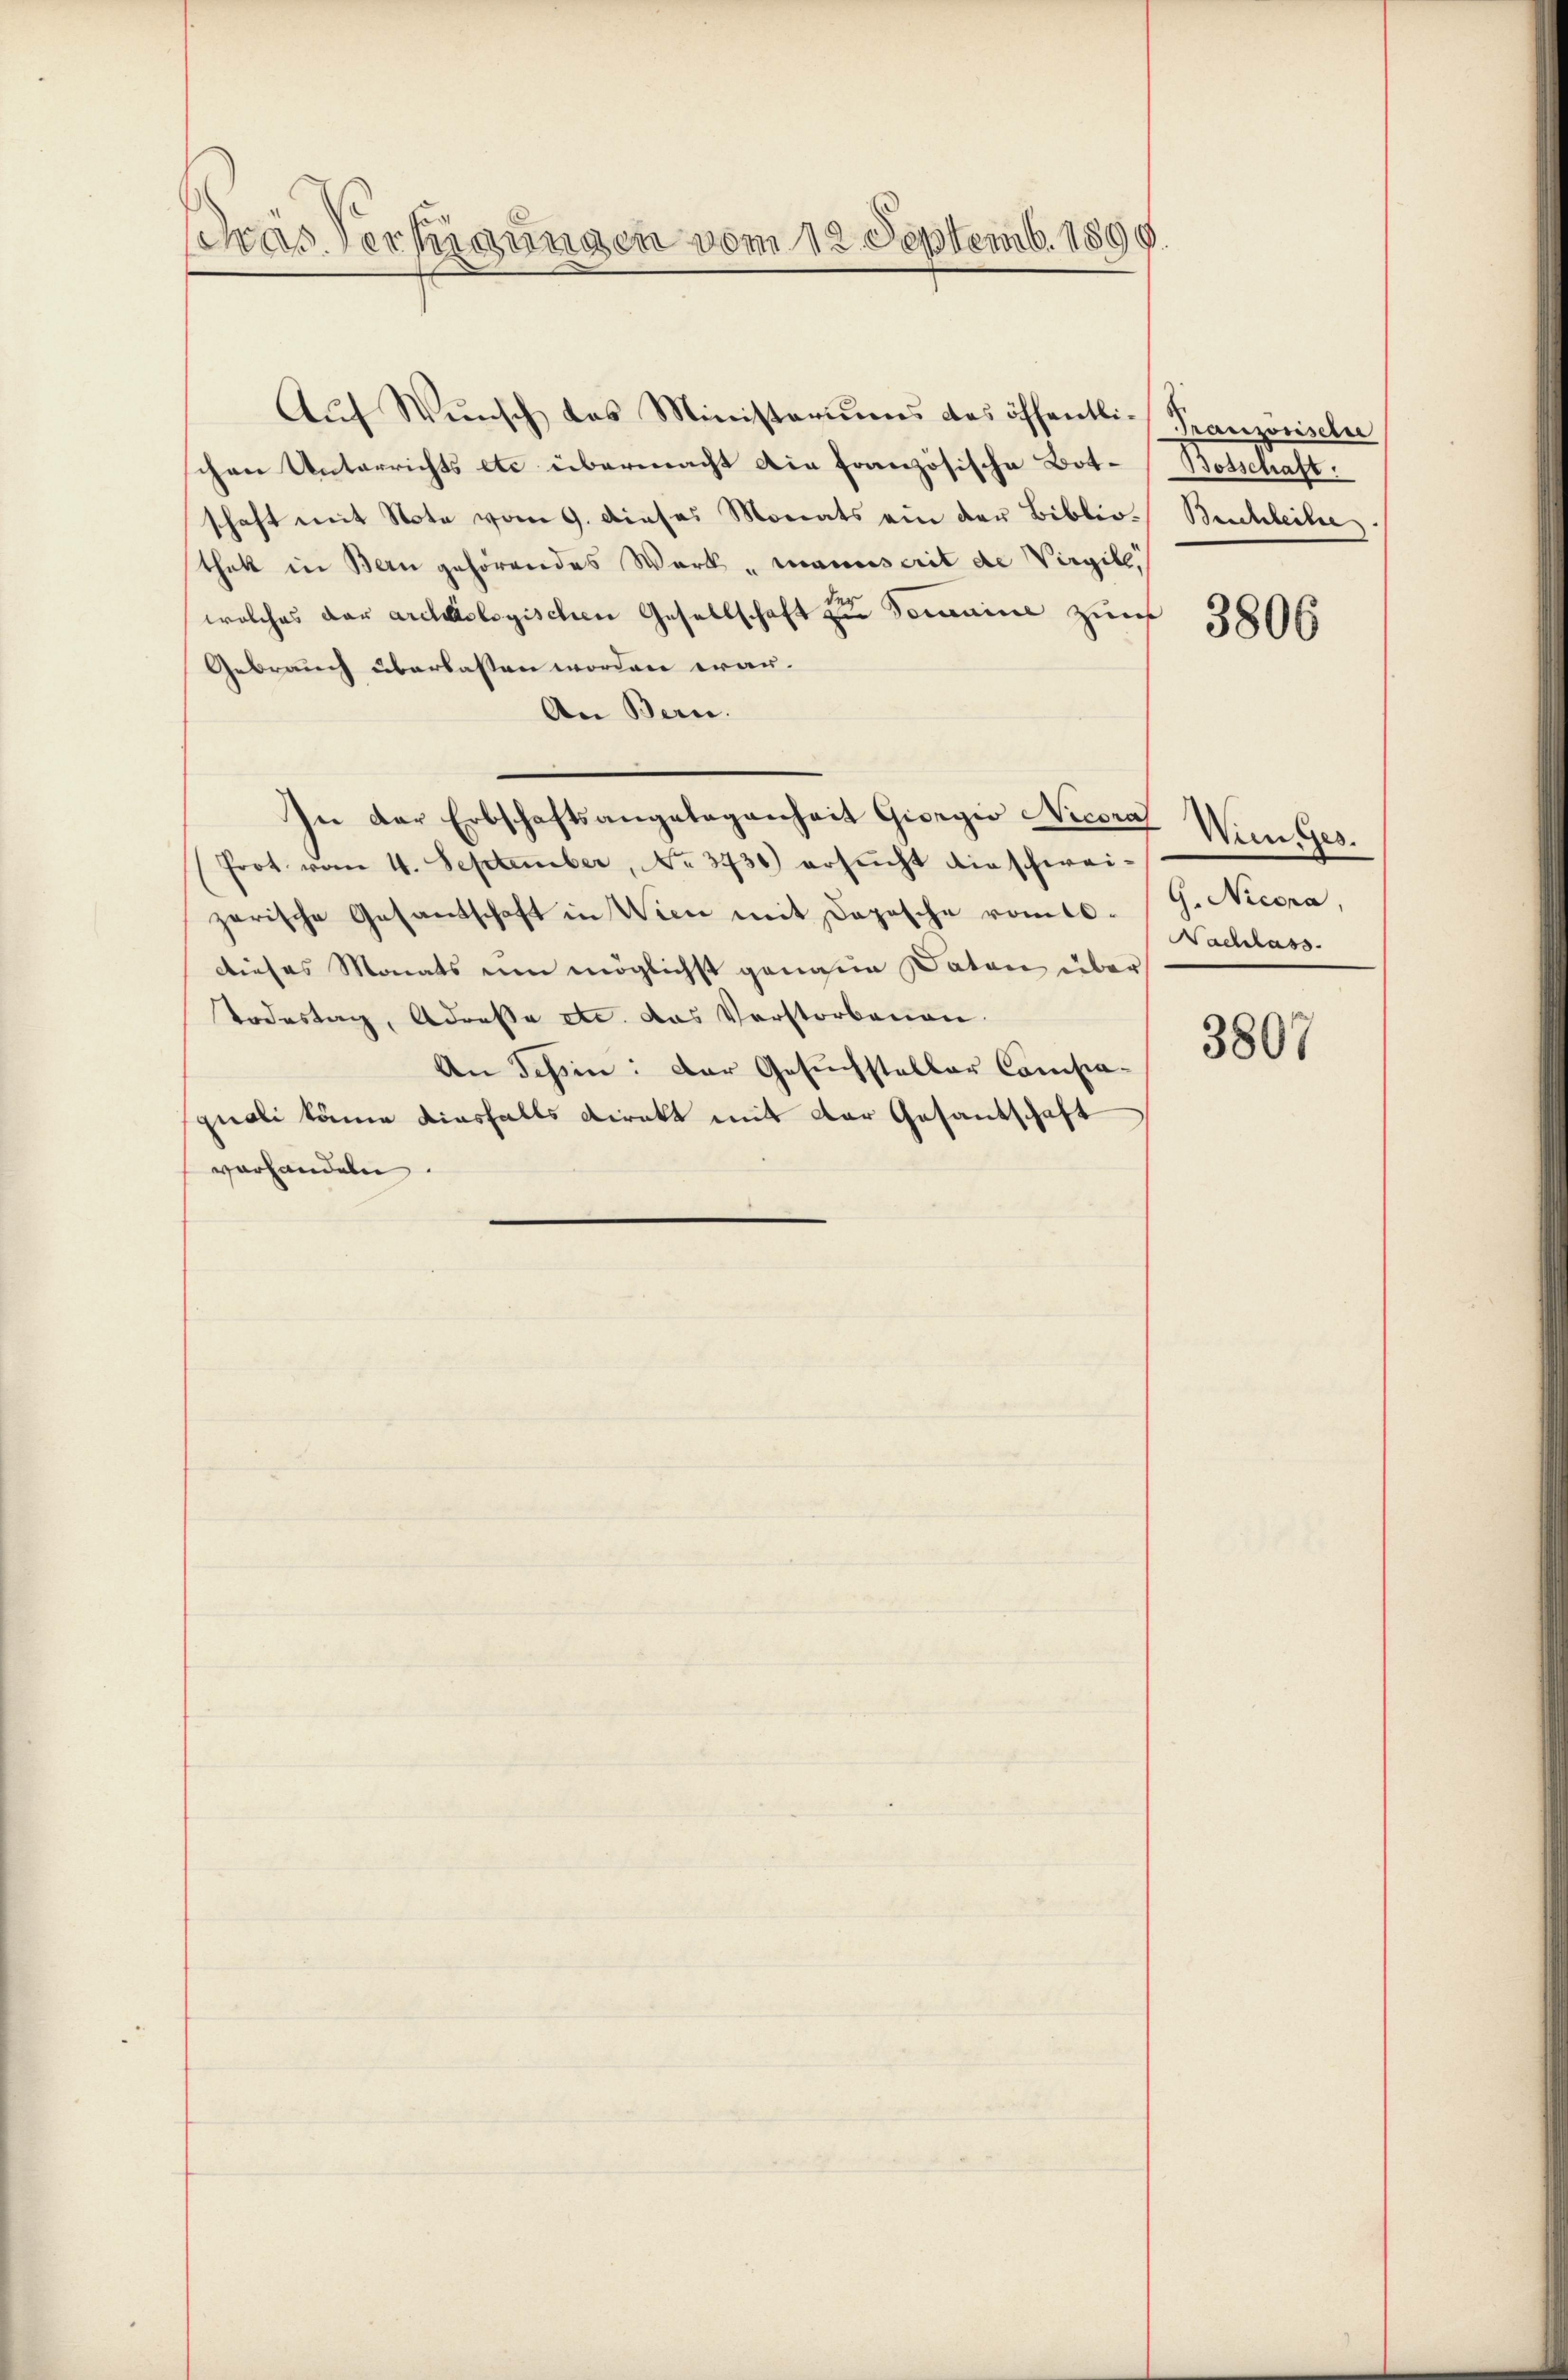
Gras Vertigungen vom 12. Septemb. 1890.

Aŭf Wŭnsch das Ministeriums des öffentli- Französische
schen Unterrichts etc übermacht die französische Botschaft mit Note vom 9. dieses Monats ein der Biblio-Beschleihe
thek in Bern gehörendes Werk „Manuscrit de Virgile
welches der archeologischen Gesellschaft zu Gemeine zum 3806
Gebrauch überlassen worden war.
An Bern.
In der Erbschaftsangelegenheit Giorgio Nicora
Prot. vom 4. September, No. 3730) ersucht die schweizarische Gesantschaft in Wien mit Depesche romtl. G. Nicora,
dieses Monats um möglichst genauen Daten über
Todestag, Adressa etc. das Vorstorbenen.
An Tessin: Der Gesuchsteller Compa-
quoli könne diesfalls Direkt mit der Gesandschaft
vorhandeln.

Botschaft.

Wien Ges.
Nachlass

3807